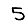
Digit: 5